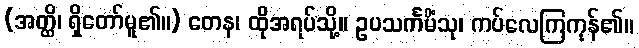
(အတ္ထိ၊ ရှိတော်မူ၏။) တေန၊ ထိုအရပ်သို့။ ဥပသင်္ကမိံသု၊ ကပ်လေကြကုန်၏။